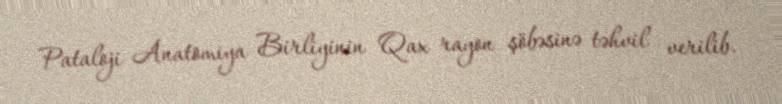
Pataloji Anatomiya Birliyinin Qax rayon şöbəsinə təhvil verilib.